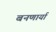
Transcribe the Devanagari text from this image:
बनणार्या